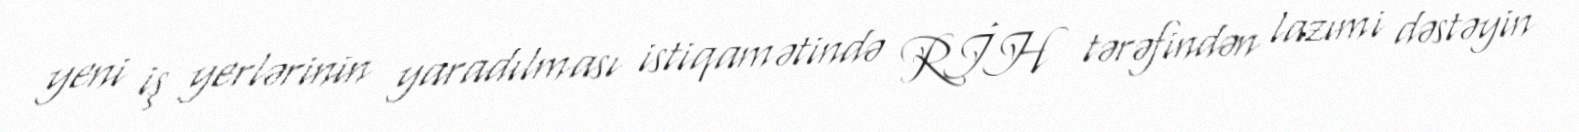
yeni iş yerlərinin yaradılması istiqamətində RİH tərəfindən lazımi dəstəyin